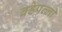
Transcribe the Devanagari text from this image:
वडेपल्‍ली